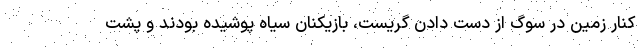
کنار زمین در سوگ از دست دادن گریست، بازیکنان سیاه پوشیده بودند و پشت